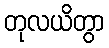
တုလယိတွာ